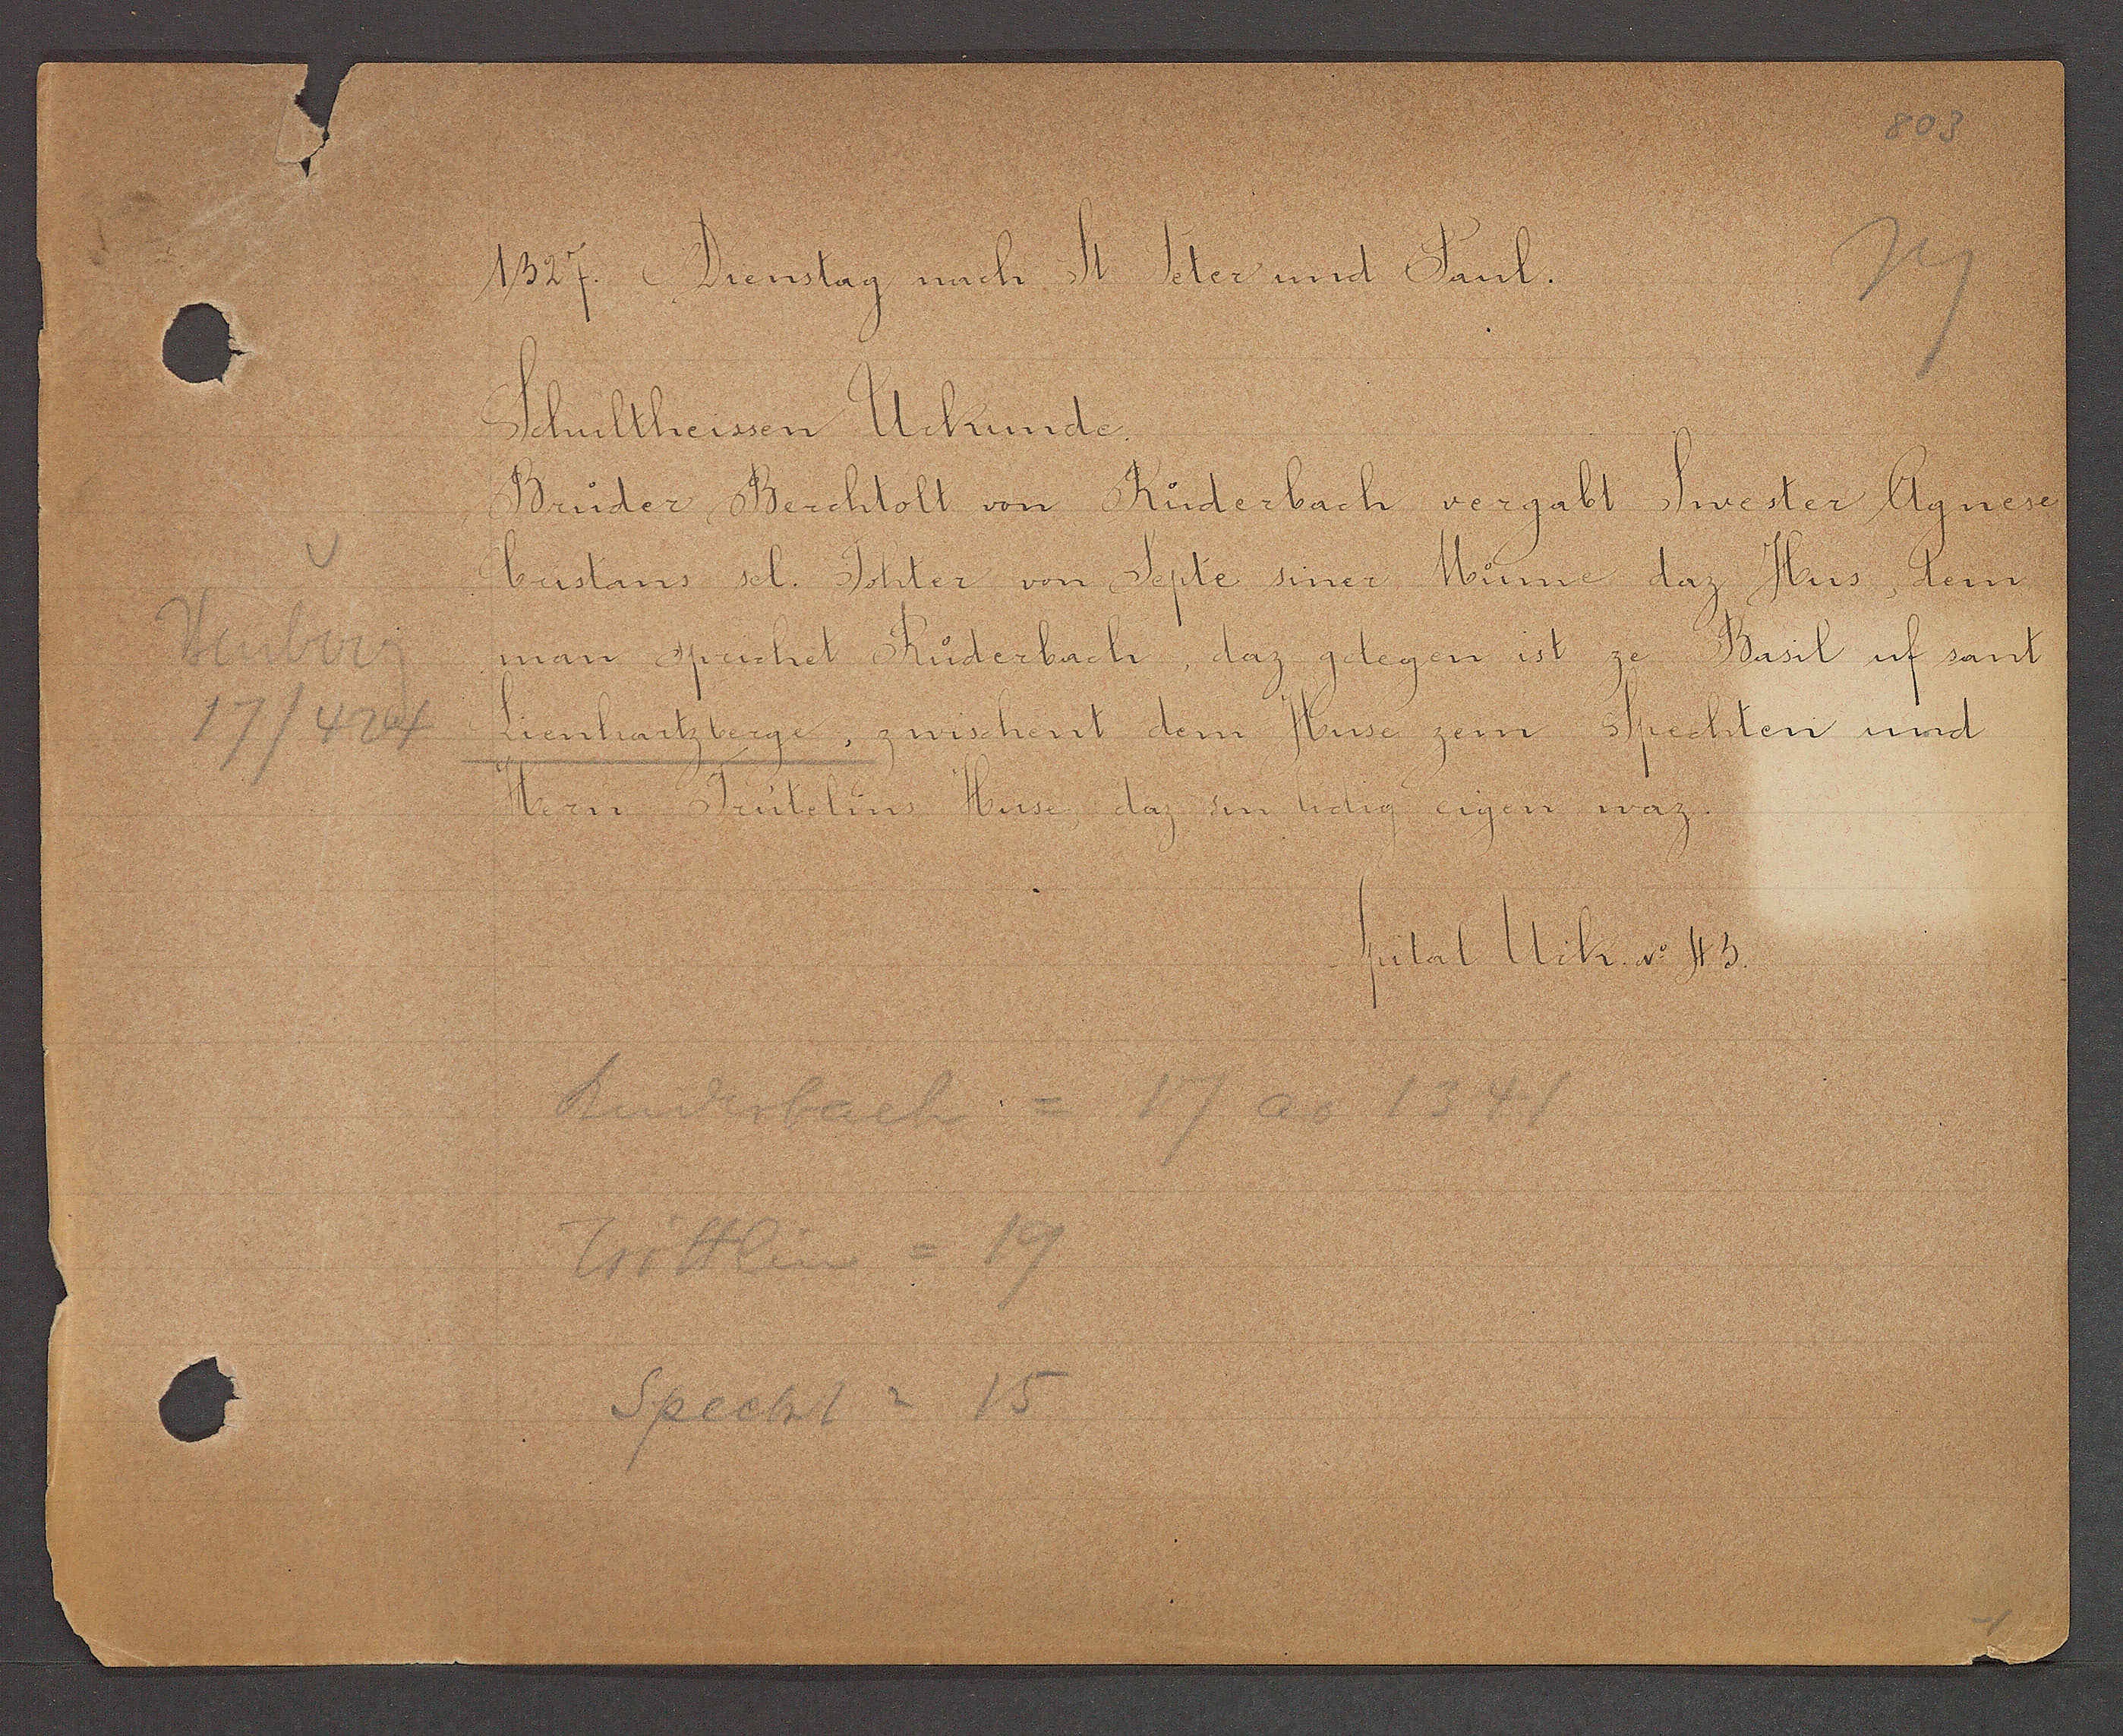
Transcript:
Heuberg
17/424

1327. Dienstag nach St. Peter und Paul.

Schultheissen Urkunde.
Bruder Berchtolt von Ruderbach vergabt Swester Agnese
Custans sel. Tohter von Septe siner Mume daz Hus, dem
man spruchet Ruderbach, daz gelegen ist ze Basel uf sant
Lienhartzberge, zwischent dem Huse zem Spechten und
Hern Trutelins Huse, daz im lidig eigen waz.

Spital Urk. No 43.

Ruderbach = 17 ao 1341
Tritlin = 19
Specht = 15